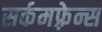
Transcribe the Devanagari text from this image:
सर्कमफ़्रेन्स